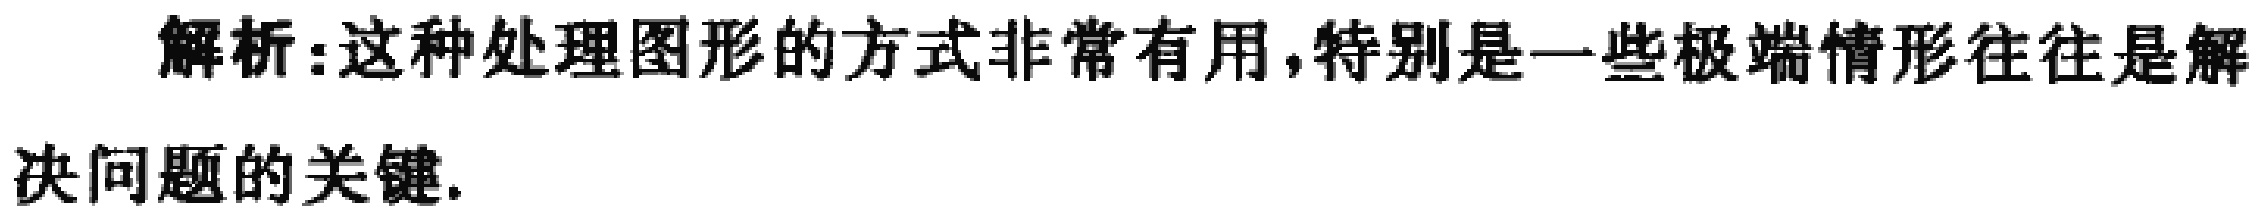
解析:这种处理图形的方式非常有用,特别是一些极端情形往往是解决问题的关键.